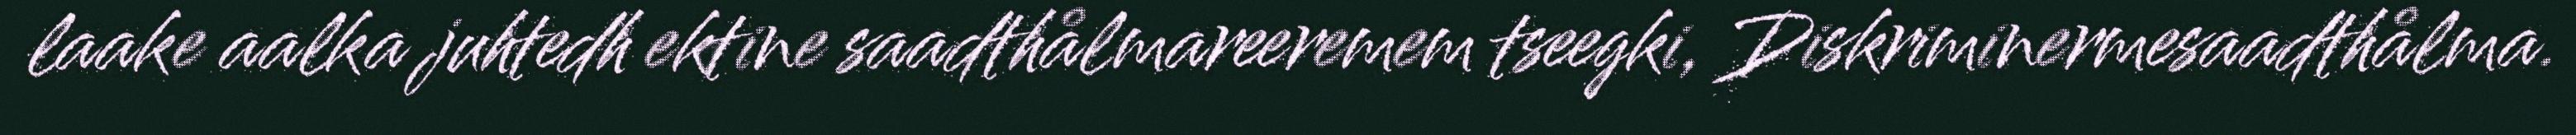
laake aalka juhtedh ektine saadthålmareeremem tseegki, Diskriminermesaadthålma.